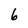
Character: 6